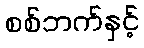
စစ်ဘက်နှင့်